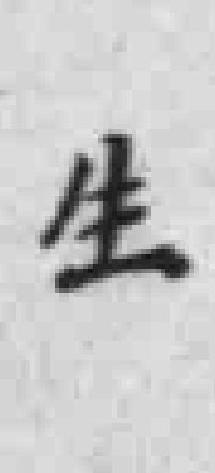
生